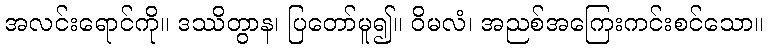
အလင်းရောင်ကို။ ဒဿိတွာန၊ ပြတော်မူ၍။ ဝိမလံ၊ အညစ်အကြေးကင်းစင်သော။